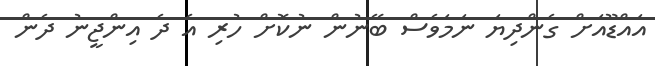
އައްޑޫއަށް ގެންދިޔަ ނަަމަވެސް ބޭނުން ނުކޮށް ހުރި އެ ދެ އިންޖީނު ދެން